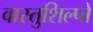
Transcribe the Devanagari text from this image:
वास्तुशिल्पों